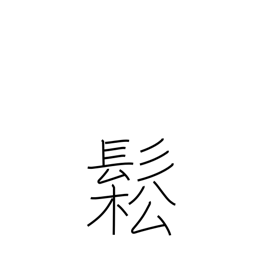
Meaning: dishevelled